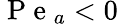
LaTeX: \mathrm{~P~e~}_{a}<0